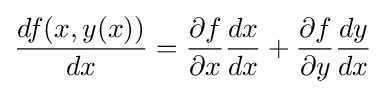
{\frac {df(x,y(x))}{dx}}={\frac {\partial f}{\partial x}}{\frac {dx}{dx}}+{\frac {\partial f}{\partial y}}{\frac {dy}{dx}}